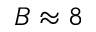
B \approx 8